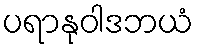
ပရာနုဝါဒဘယံ